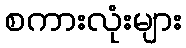
စကားလုံးများ